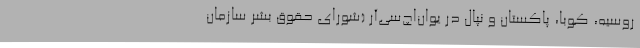
روسیه، کوبا، پاکستان و نپال در یوان‌اچ‌سی‌آر (شورای حقوق بشر سازمان